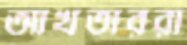
আখতাররা